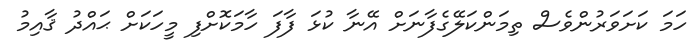
ހަމަ ކަށަވަރުންވެސް ތިމަންކަލޭގެފާނަށް އޭނާ ކުޅަ ފާފަ ހާމަކޮށްފި މީހަކަށް ޙައްދު ޤާއިމު